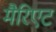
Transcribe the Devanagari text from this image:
मैरिएट